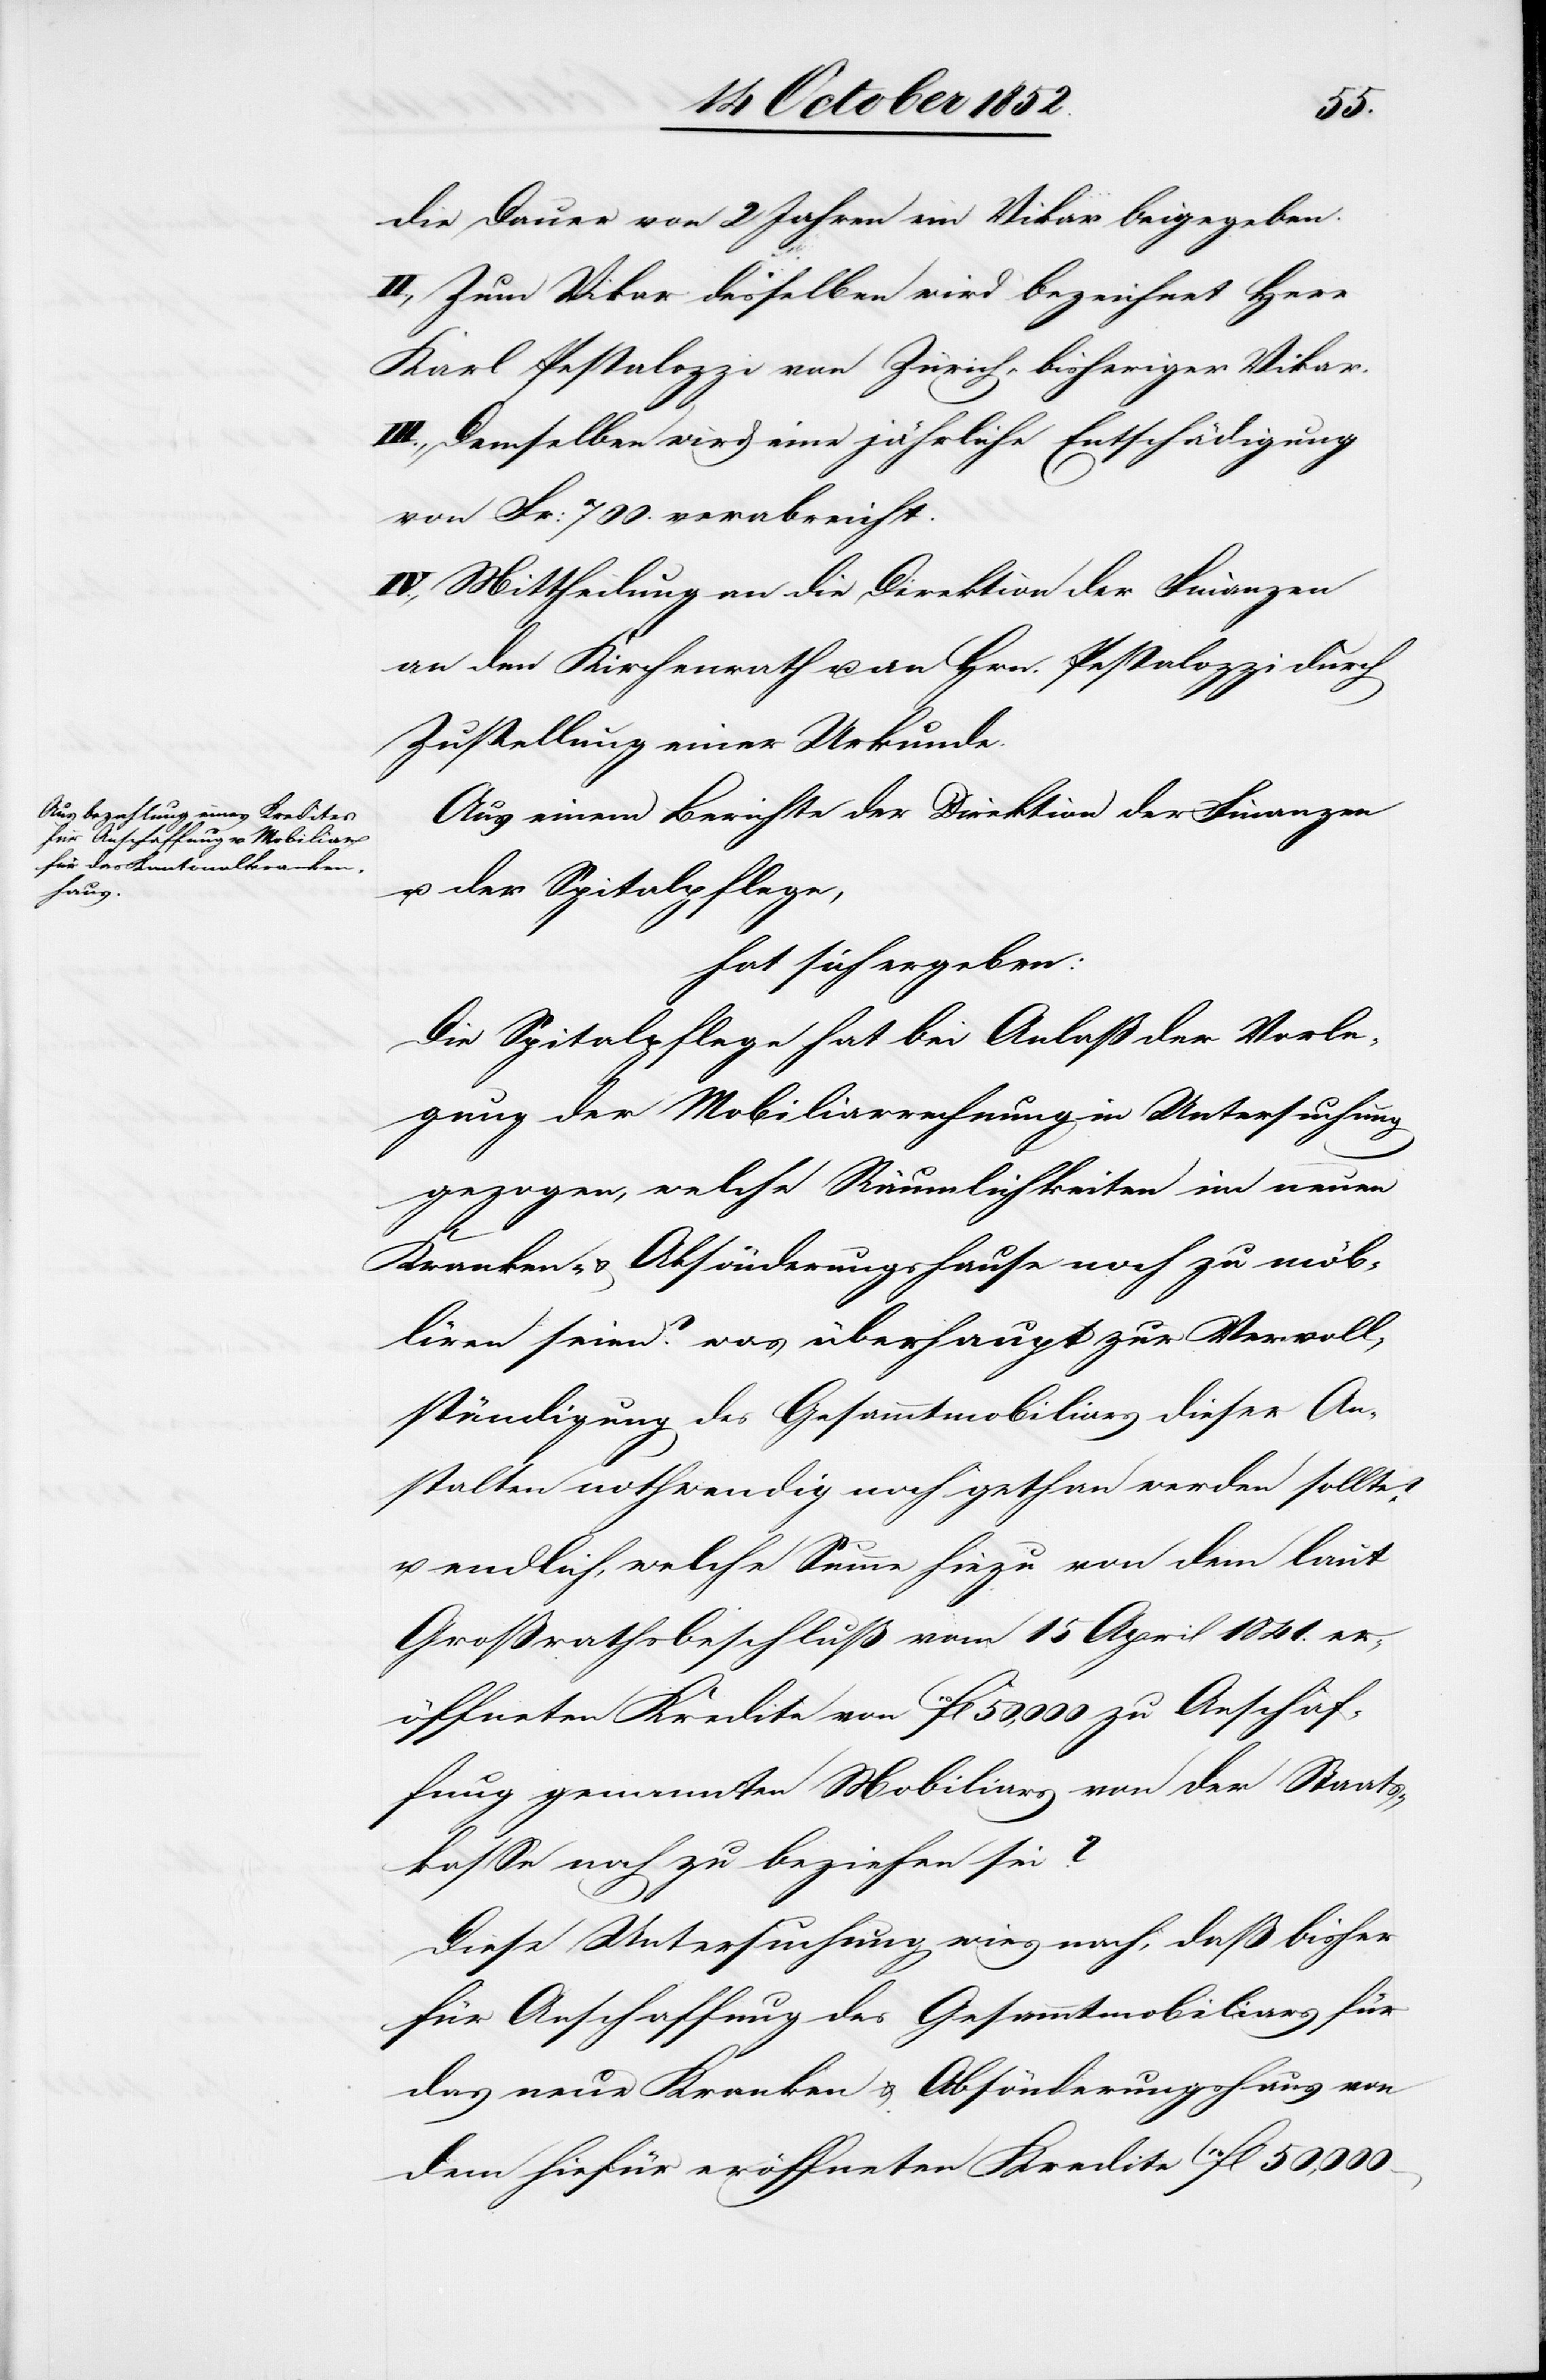
die Dauer von 2 Jahren ein Vikar beigegeben.
II., Zum Vikar desselben wird bezeichnet Herr
Karl Pestalozzi von Zürich, bisheriger Vikar.
III., Demselben wird eine jährliche Entschädigung
von Fr: 700. verabreicht.
IV., Mittheilung an die Direktion der Finanzen[,]
an den Kirchenrath u. an Hrn. Pestalozzi durch
Zustellung einer Urkunde.
Aus einem Berichte der Direktion der Finanzen
u. der Spitalpflege,
hat sich ergeben:
Die Spitalpflege hat bei Anlaß der Vorle¬
gung der Mobiliarrechnung in Untersuchung
gezogen, welche Räumlichkeiten im neuen
Kranken- & Absönderungshause noch zu möb¬
liren seien? was überhaupt zur Vervoll¬
ständigung des Gesammtmobiliars dieser An¬
stalten nothwendig noch gethan werden sollte?
u. endlich, welche Summe hiezu von dem laut
Großrathsbeschluß vom 15 April 1841. er¬
öffneten Kredite von 10fl 50,000 zu Anschaf¬
fung genannten Mobiliars von der Staats¬
kasse noch zu beziehen sei?
Diese Untersuchung wies nach, daß bisher
für Anschaffung des Gesammtmobiliars für
das neue Kranken[-] & Absönderungshaus von
dem hiefür eröffneten Kredite 10fl 50,000 –